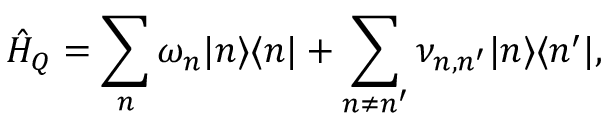
\hat { H } _ { Q } = \sum _ { n } { \omega _ { n } | n \rangle \langle n | } + \sum _ { n \ne n ^ { \prime } } { \nu _ { n , n ^ { \prime } } | n \rangle \langle n ^ { \prime } | } ,